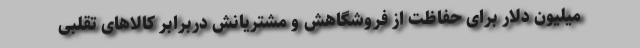
میلیون دلار برای حفاظت از فروشگاهش و مشتریانش دربرابر کالاهای تقلبی